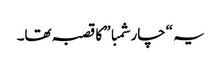
یہ “چار شمبا” کا قصبہ تھا۔